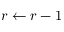
r \leftarrow r - 1